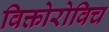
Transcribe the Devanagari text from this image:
विक्तोरोविच